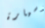
وسيارة